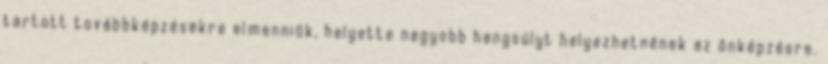
tartott továbbképzésekre elmenniük, helyette nagyobb hangsúlyt helyezhetnének az önképzésre.